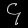
Digit: ၄